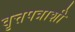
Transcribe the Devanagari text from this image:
वृत्तपत्राशी